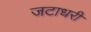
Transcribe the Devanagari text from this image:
जटाधरी